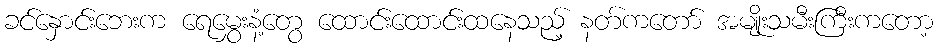
ခင်နှောင်းဘေးက ရေမွှေးနံ့တွေ ထောင်းထောင်းထနေသည့် နတ်ကတော် အမျိုးသမီးကြီးကတော့